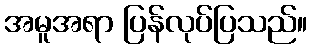
အမူအရာ ပြန်လုပ်ပြသည်။